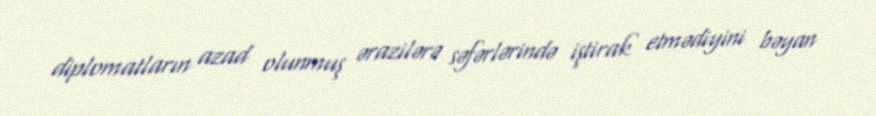
diplomatların azad olunmuş ərazilərə səfərlərində iştirak etmədiyini bəyan